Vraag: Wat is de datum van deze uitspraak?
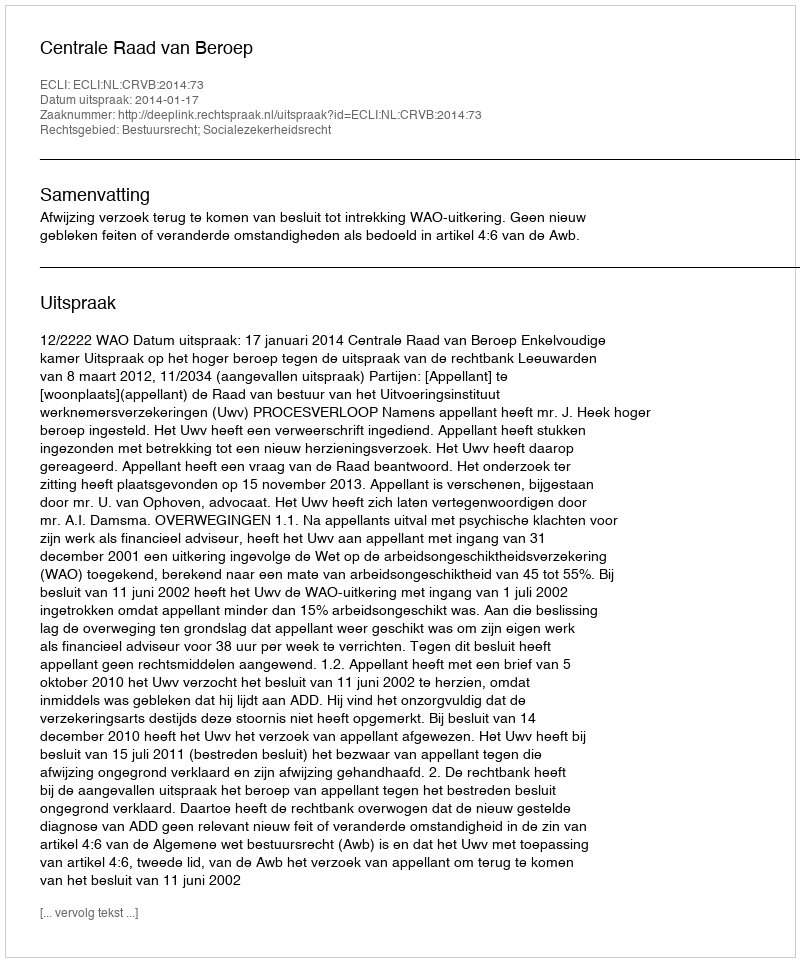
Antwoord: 2014-01-17